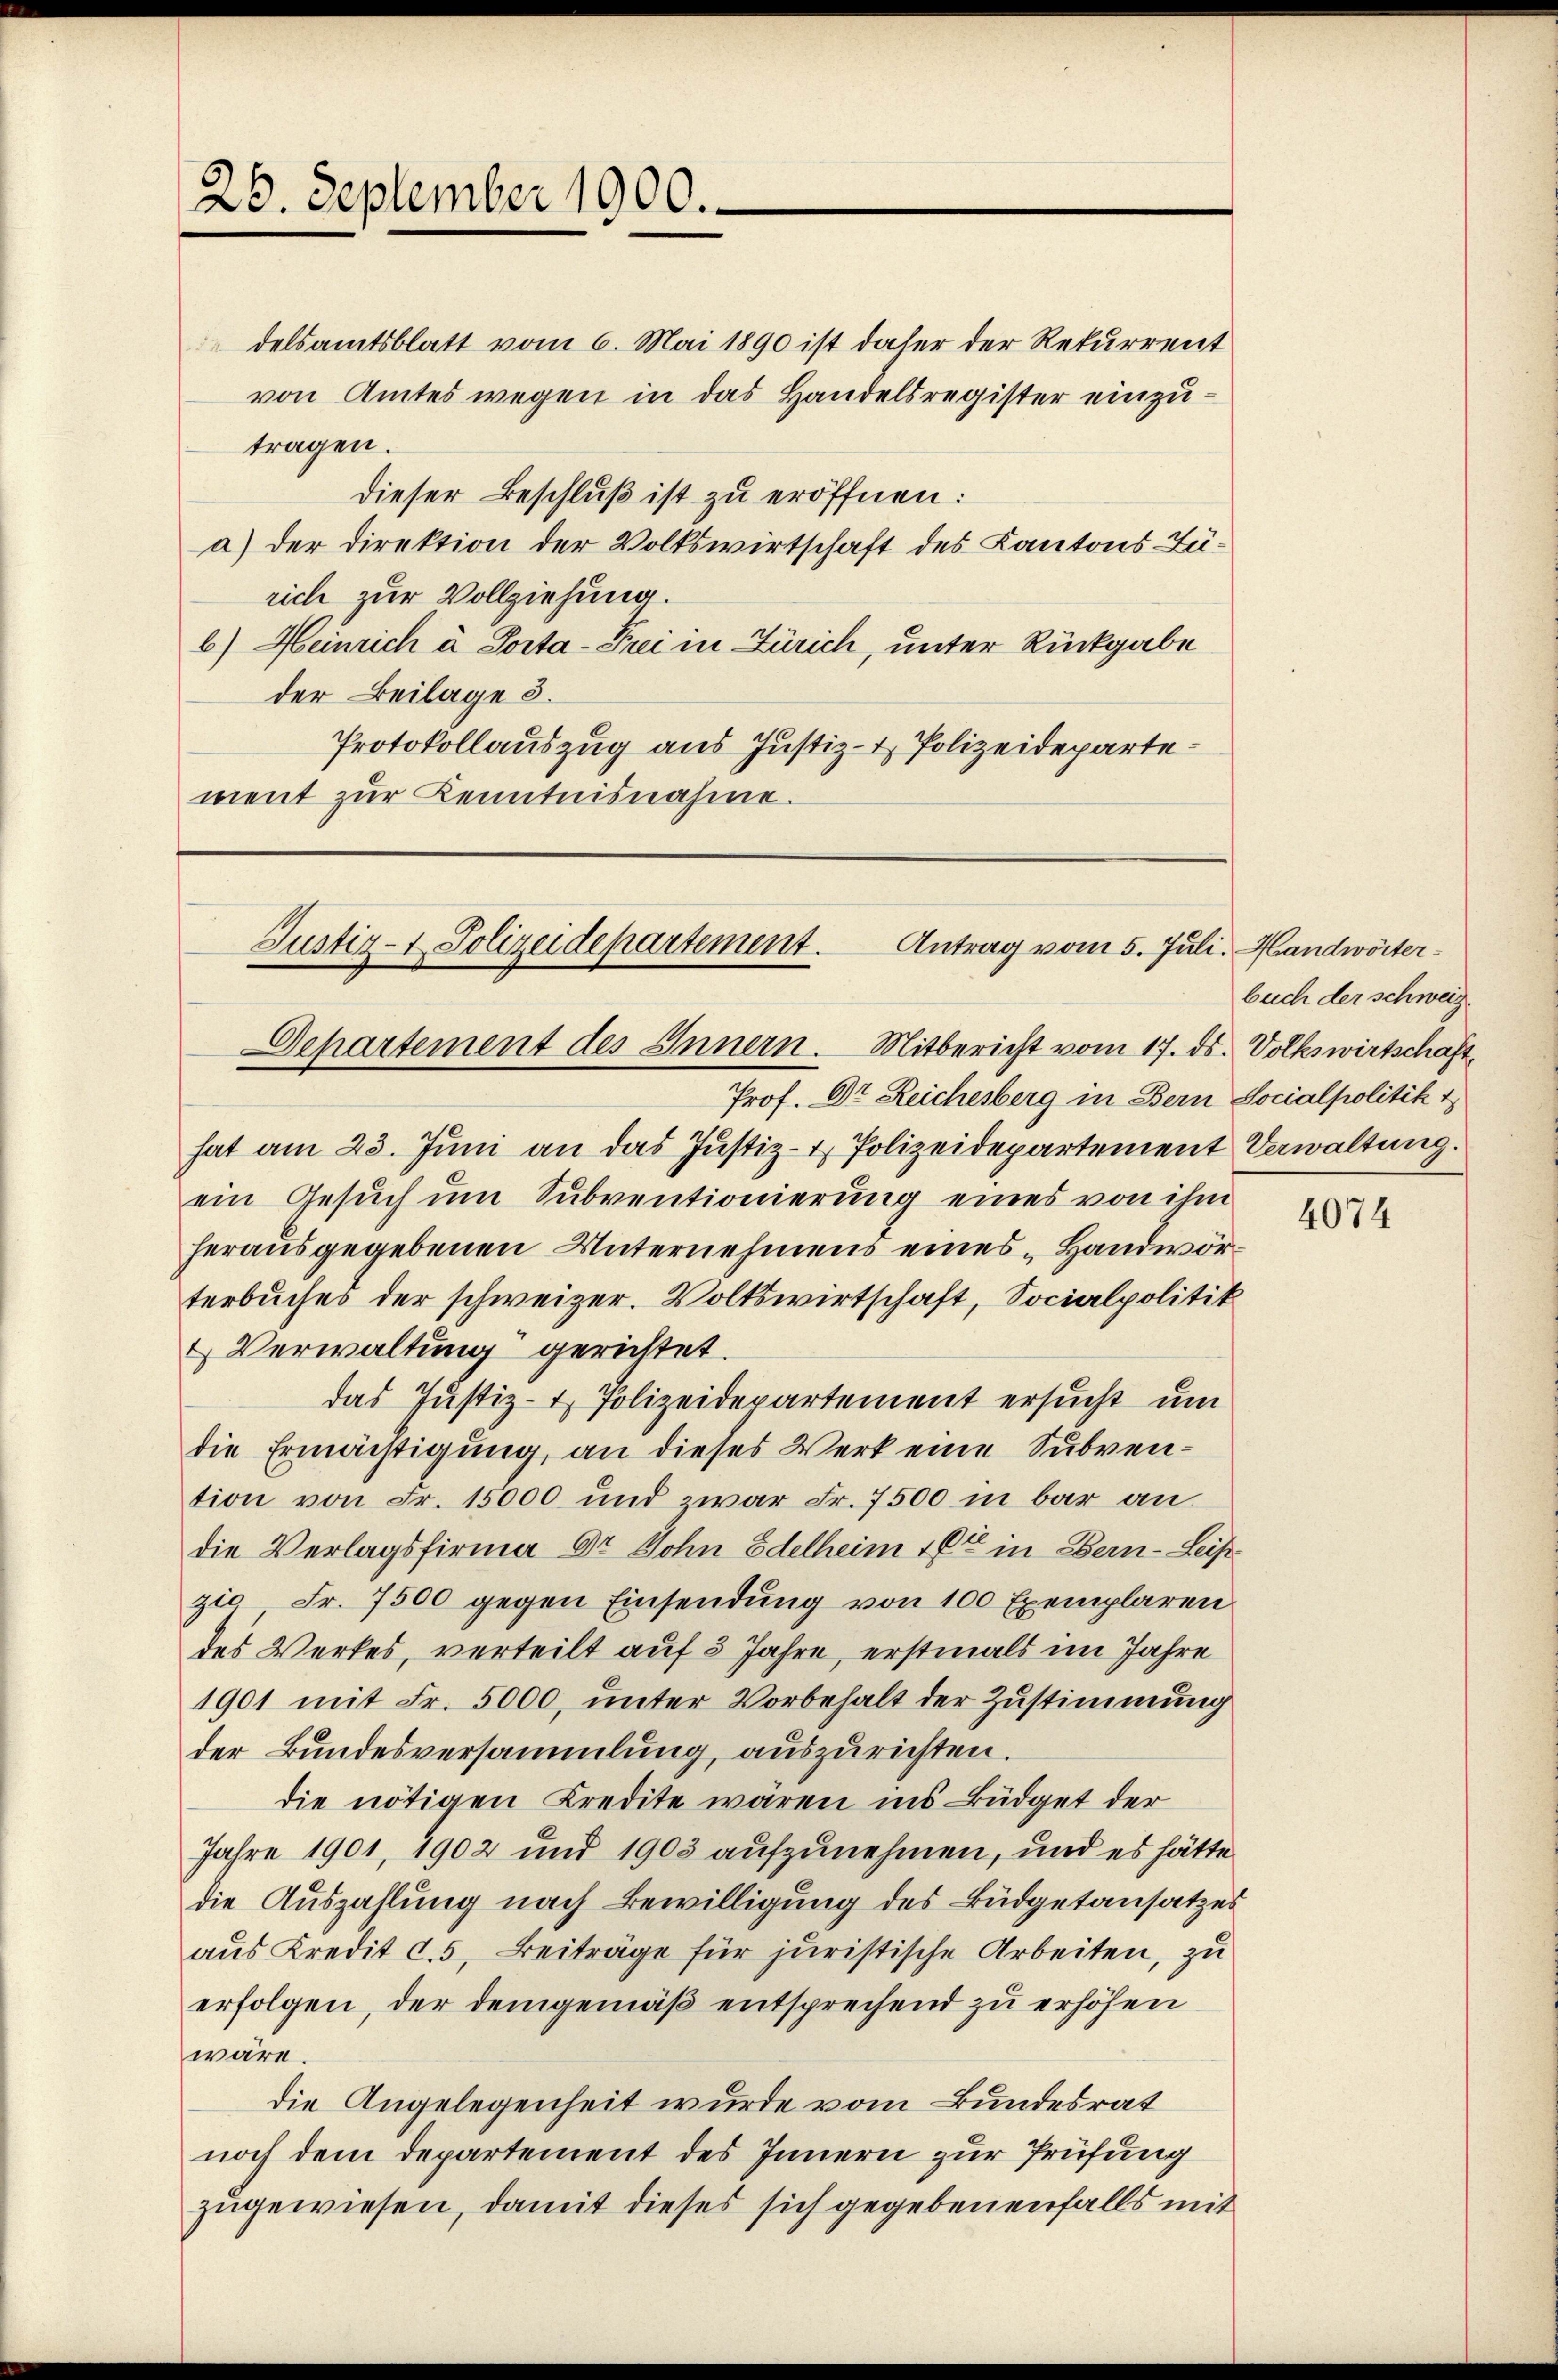
26. September 1900.

delsamtsblatt vom 6. Mai 1890 ist daher der Rekurrent
von Amtes wegen in das Handelsregister einzutragen.
dieser Beschluß ist zu eröffnen:
a) der Direktion der Volkswirtschaft des Kantons Zürich zur Vollziehung.
b) Heinrich à Porta-Frei in Zürich, unter Rückgabe
der Beilage 3.
Protokollauszug aus Justiz- & Polizeidepartement zur Kenntnisnahme.

Justiz- & Polizeidepartement.
Antrag vom 5. Juli. Handwörter¬
Departement des Innern. Mitbericht vom 17. ds. Volkswirtschäft

Prof. Dr. Reichesberg in Bern Socialpolitik 1
hat am 23. Jŭni an das Justiz- & Polizeidepartement Verwaltung.
ein Gesuch um Subventionierung eines von ihm
herausgegebenen Unternehmens eines „Handwörterbuches der schweizer. Volkswirtschaft, Socialpolitik
 Verwaltung gerichtet.
das Justiz- & Polizeidepartement ersucht um
die Ermächtigung, an dieses Werk eine Subvention von Fr. 15000 und zwar Fr. 7500 in bar an
die Verlagsfirma Dr. Sohn Edelheim 16t in Bern - Leis
zio Fr. 7500 gegen Einsendung von 100 Exemplaren
des Werkes, verteilt auf 3 Jahre, erstmals im Jahre
1901 mit Fr. 5000, unter Vorbehalt der Zustimmung
der Bundesversammlung, auszurichten.
die nötigen Kredite wären ins Büdget der
Jahre 1901, 1902 und 1903 aufzunehmen, und es hätte
die Auszahlung nach Bewilligung des Büdgetansatzes
aus Kredit c. 5. Beiträge für juristische Arbeiten, zu
erfolgen, der demgemäß entsprechend zu erhöhen
wäre.
die Angelegenheit wurde vom Bundesrat
noch dem Departement des Innern zur Prüfung
zugewiesen, damit dieses sich gegebenenfalls mit

buch der schweiz.

4074